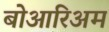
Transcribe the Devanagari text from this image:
बोआरिअम